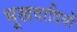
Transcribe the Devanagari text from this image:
भूखवादियों